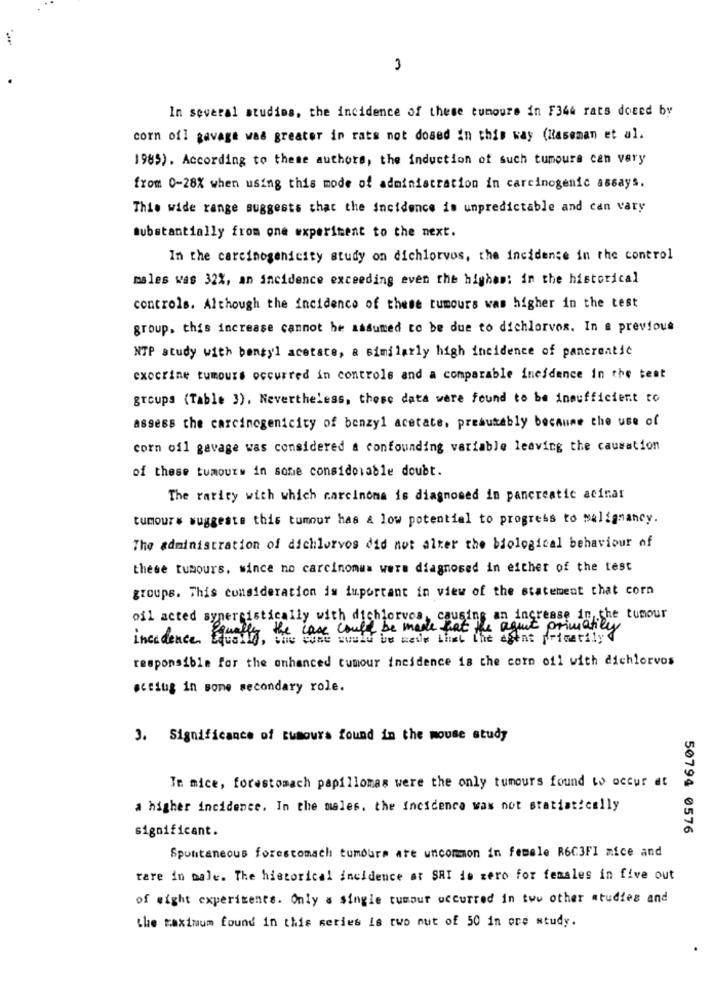
3
In several studios, the incidence of these tumours in F344 rats dosed by
corn ofl gavage was greater in rats not dosed in this way (Raseman et al.
1985). According to theme authors, the induction of such tumours can vary
from 0-28% when using this mode of administration in carcinogenic assays.
Thie wide range suggests that the incidence is unpredictable and can vary
Substantially from one experiment to the next.
In the carcinogenicity study on dichlorvos, the incidente in the control
males was 32%, an incidence exceeding even the highem: in the historical
controls. Although the incidence of these tumours was higher in the test
group. this increase cannot be assumed to be due to dichlorvos. In a previous
NTP study with bangyl acetate, a similarly high incidence of pancreatic
exocrine tumours occurred in controls and a comparable incidence in the test
groups (Table 3). Nevertheless, these data were found to be insufficient to
assess the carcinogenicity of benzyl acetate, preautebly because the use of
corn ofl gavage was considered a confounding variable leaving the causation
of these tumours in some considerable doubt.
The rarity with which carcinoma is diagnosed in pancreatic acinar
tumour# suggests this tumour has & low potential to progress to malignancy.
The administration of dichlorvos did not alter the biological behaviour of
these tumours. since no carcinomas were diagnosed in either of the test
groups. This consideration is important in view of the statement chat corn
oil acted synergistically with dichlorvos, causing an increase in the tumour
the case could be made hat the agent primatily
incidence Equally, the wine would be wedle that the agent pricetily
responsible for the onhanced tumour incidence is the corn oil with dichlorvos
acting in some secondary role.
3. Significance of Bumoura found in the mouse study
In mice, forastomach papillomas were the only tumours found to occur et
a higher incidence. In the males. the Incidence was not statistically
significant.
50794 0576
Spontaneous forestomach tumours are uncommon in female R6C3FI mice and
rare in male. The historical incidence at SRI ie zero for females in five out
of wight experiments. Only a single tumour occurred in two other studies and
the taximum found in this series is two nut of 50 in ore study.